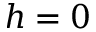
h = 0